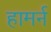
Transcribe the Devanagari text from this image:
हामर्न